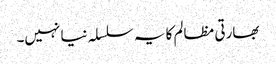
بھارتی مظالم کا یہ سلسلہ نیا نہیں۔